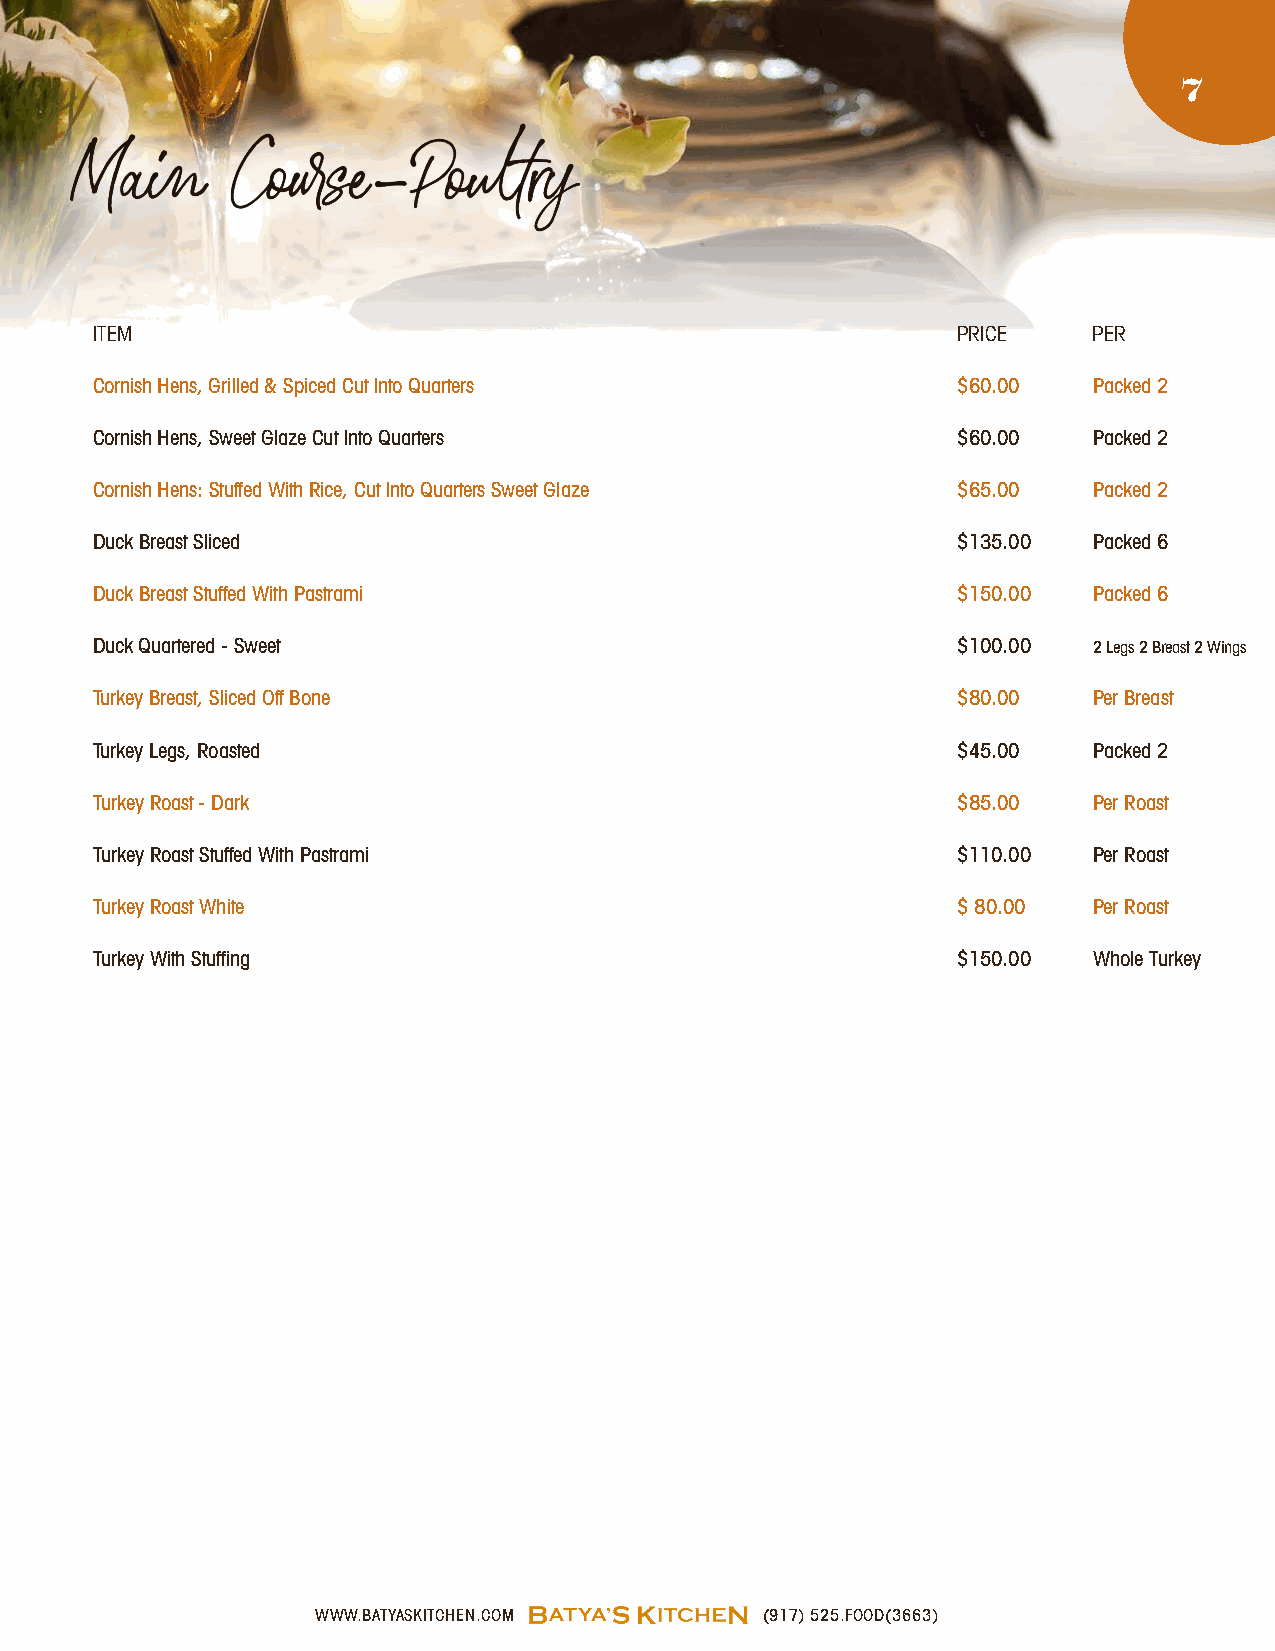
7
 Main      Course-Poultry
 ITEM                                                     PRICE    PER
 Cornish Hens, Grilled & Spiced Cut Into Quarters         $60.00   Packed 2
 Cornish Hens, Sweet Glaze Cut Into Quarters              $60.00   Packed 2
 Cornish Hens: Stuffed With Rice, Cut Into Quarters Sweet Glaze $65.00 Packed 2
 Duck Breast Sliced                                       $135.00  Packed 6
 Duck Breast Stuffed With Pastrami                        $150.00  Packed 6
 Duck Quartered - Sweet                                   $100.00  2 Legs 2 Breast 2 Wings
 Turkey Breast, Sliced Off Bone                           $80.00   Per Breast
 Turkey Legs, Roasted                                     $45.00   Packed 2
 Turkey Roast - Dark                                      $85.00   Per Roast
 Turkey Roast Stuffed With Pastrami                       $110.00  Per Roast
 Turkey Roast White                                       $ 80.00  Per Roast
 Turkey With Stuffing                                     $150.00  Whole Turkey
 WWW.BATYASKITCHEN.COM         (917) 525.FOOD(3663)